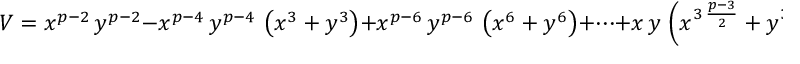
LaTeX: V = { x ^ { p - 2 } } \, { y ^ { p - 2 } } - { x ^ { p - 4 } } \, { y ^ { p - 4 } } \, \left( { x ^ { 3 } } + { y ^ { 3 } } \right) + { x ^ { p - 6 } } \, { y ^ { p - 6 } } \, \left( { x ^ { 6 } } + { y ^ { 6 } } \right) + \cdots + x \, y \, \left( { x ^ { 3 \, { \frac { p - 3 } { 2 } } } } + { y ^ { 3 \, { \frac { p - 3 } { 2 } } } } \right)